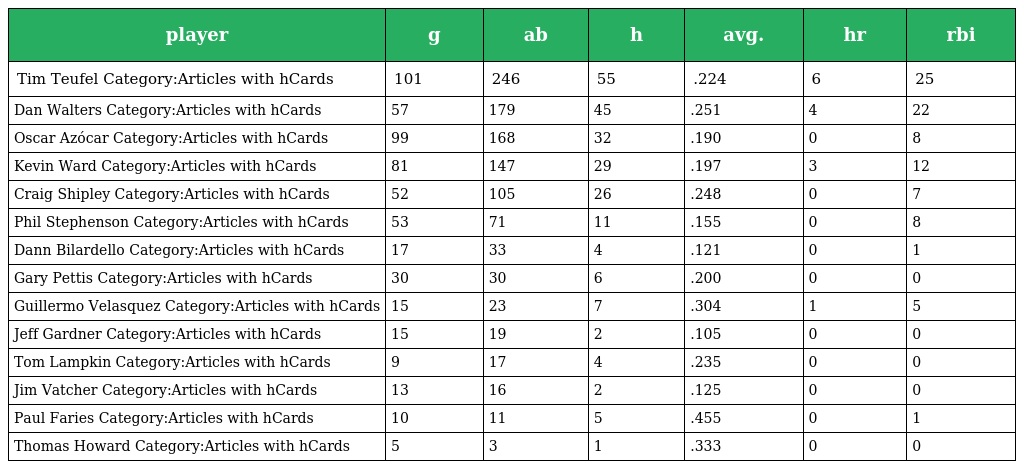
| player | g | ab | h | avg. | hr | rbi |
 | --- | --- | --- | --- | --- | --- | --- |
 | Tim Teufel Category:Articles with hCards | 101 | 246 | 55 | .224 | 6 | 25 |
 | Dan Walters Category:Articles with hCards | 57 | 179 | 45 | .251 | 4 | 22 |
 | Oscar Azócar Category:Articles with hCards | 99 | 168 | 32 | .190 | 0 | 8 |
 | Kevin Ward Category:Articles with hCards | 81 | 147 | 29 | .197 | 3 | 12 |
 | Craig Shipley Category:Articles with hCards | 52 | 105 | 26 | .248 | 0 | 7 |
 | Phil Stephenson Category:Articles with hCards | 53 | 71 | 11 | .155 | 0 | 8 |
 | Dann Bilardello Category:Articles with hCards | 17 | 33 | 4 | .121 | 0 | 1 |
 | Gary Pettis Category:Articles with hCards | 30 | 30 | 6 | .200 | 0 | 0 |
 | Guillermo Velasquez Category:Articles with hCards | 15 | 23 | 7 | .304 | 1 | 5 |
 | Jeff Gardner Category:Articles with hCards | 15 | 19 | 2 | .105 | 0 | 0 |
 | Tom Lampkin Category:Articles with hCards | 9 | 17 | 4 | .235 | 0 | 0 |
 | Jim Vatcher Category:Articles with hCards | 13 | 16 | 2 | .125 | 0 | 0 |
 | Paul Faries Category:Articles with hCards | 10 | 11 | 5 | .455 | 0 | 1 |
 | Thomas Howard Category:Articles with hCards | 5 | 3 | 1 | .333 | 0 | 0 |